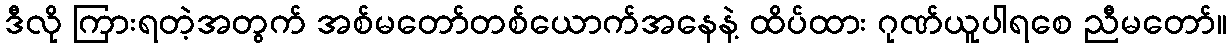
ဒီလို ကြားရတဲ့အတွက် အစ်မတော်တစ်ယောက်အနေနဲ့ ထိပ်ထား ဂုဏ်ယူပါရစေ ညီမတော်။